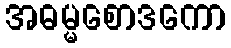
အဓမ္မစောဒကော